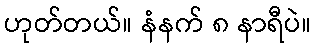
ဟုတ်တယ်။ နံနက် ၈ နာရီပဲ။